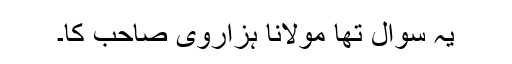
یہ سوال تھا مولانا ہزاروی صاحب کا۔